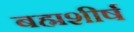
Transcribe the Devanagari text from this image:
बह्मशीर्ष